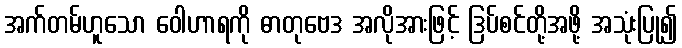
အက်တမ်ဟူသော ဝေါဟာရကို ဓာတုဗေဒ အလိုအားဖြင့် ဒြပ်စင်တို့အဖို့ အသုံးပြု၍